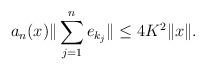
LaTeX: \begin{align*}a_n(x)\|\sum_{j=1}^ne_{k_j}\| \le 4K^2\|x\|.\end{align*}